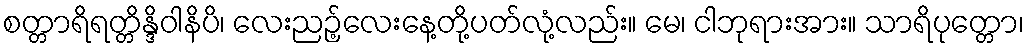
စတ္တာရိရတ္တိန္ဒိဝါနိပိ၊ လေးညဉ့်လေးနေ့တို့ပတ်လုံ့လည်း။ မေ၊ ငါဘုရားအား။ သာရိပုတ္တော၊